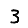
Digit: 3